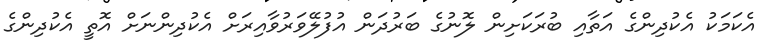
އެކަމަކު އެކުދިންގެ އަތާއި ބުރަކަށިން ލޮނުގެ ބަރުދަން އުފުލޭވަރުވާއިރަށް އެކުދިންނަށް އޮތީ އެކުދިންގެ